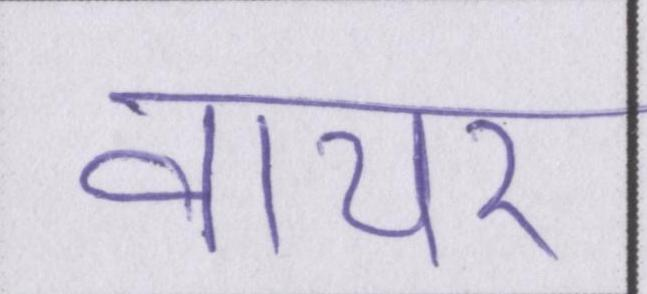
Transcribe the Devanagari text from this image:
वायर